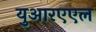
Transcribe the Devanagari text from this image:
युआरएएल